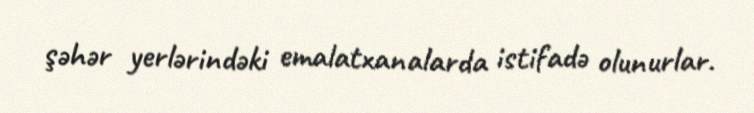
şəhər yerlərindəki emalatxanalarda istifadə olunurlar.